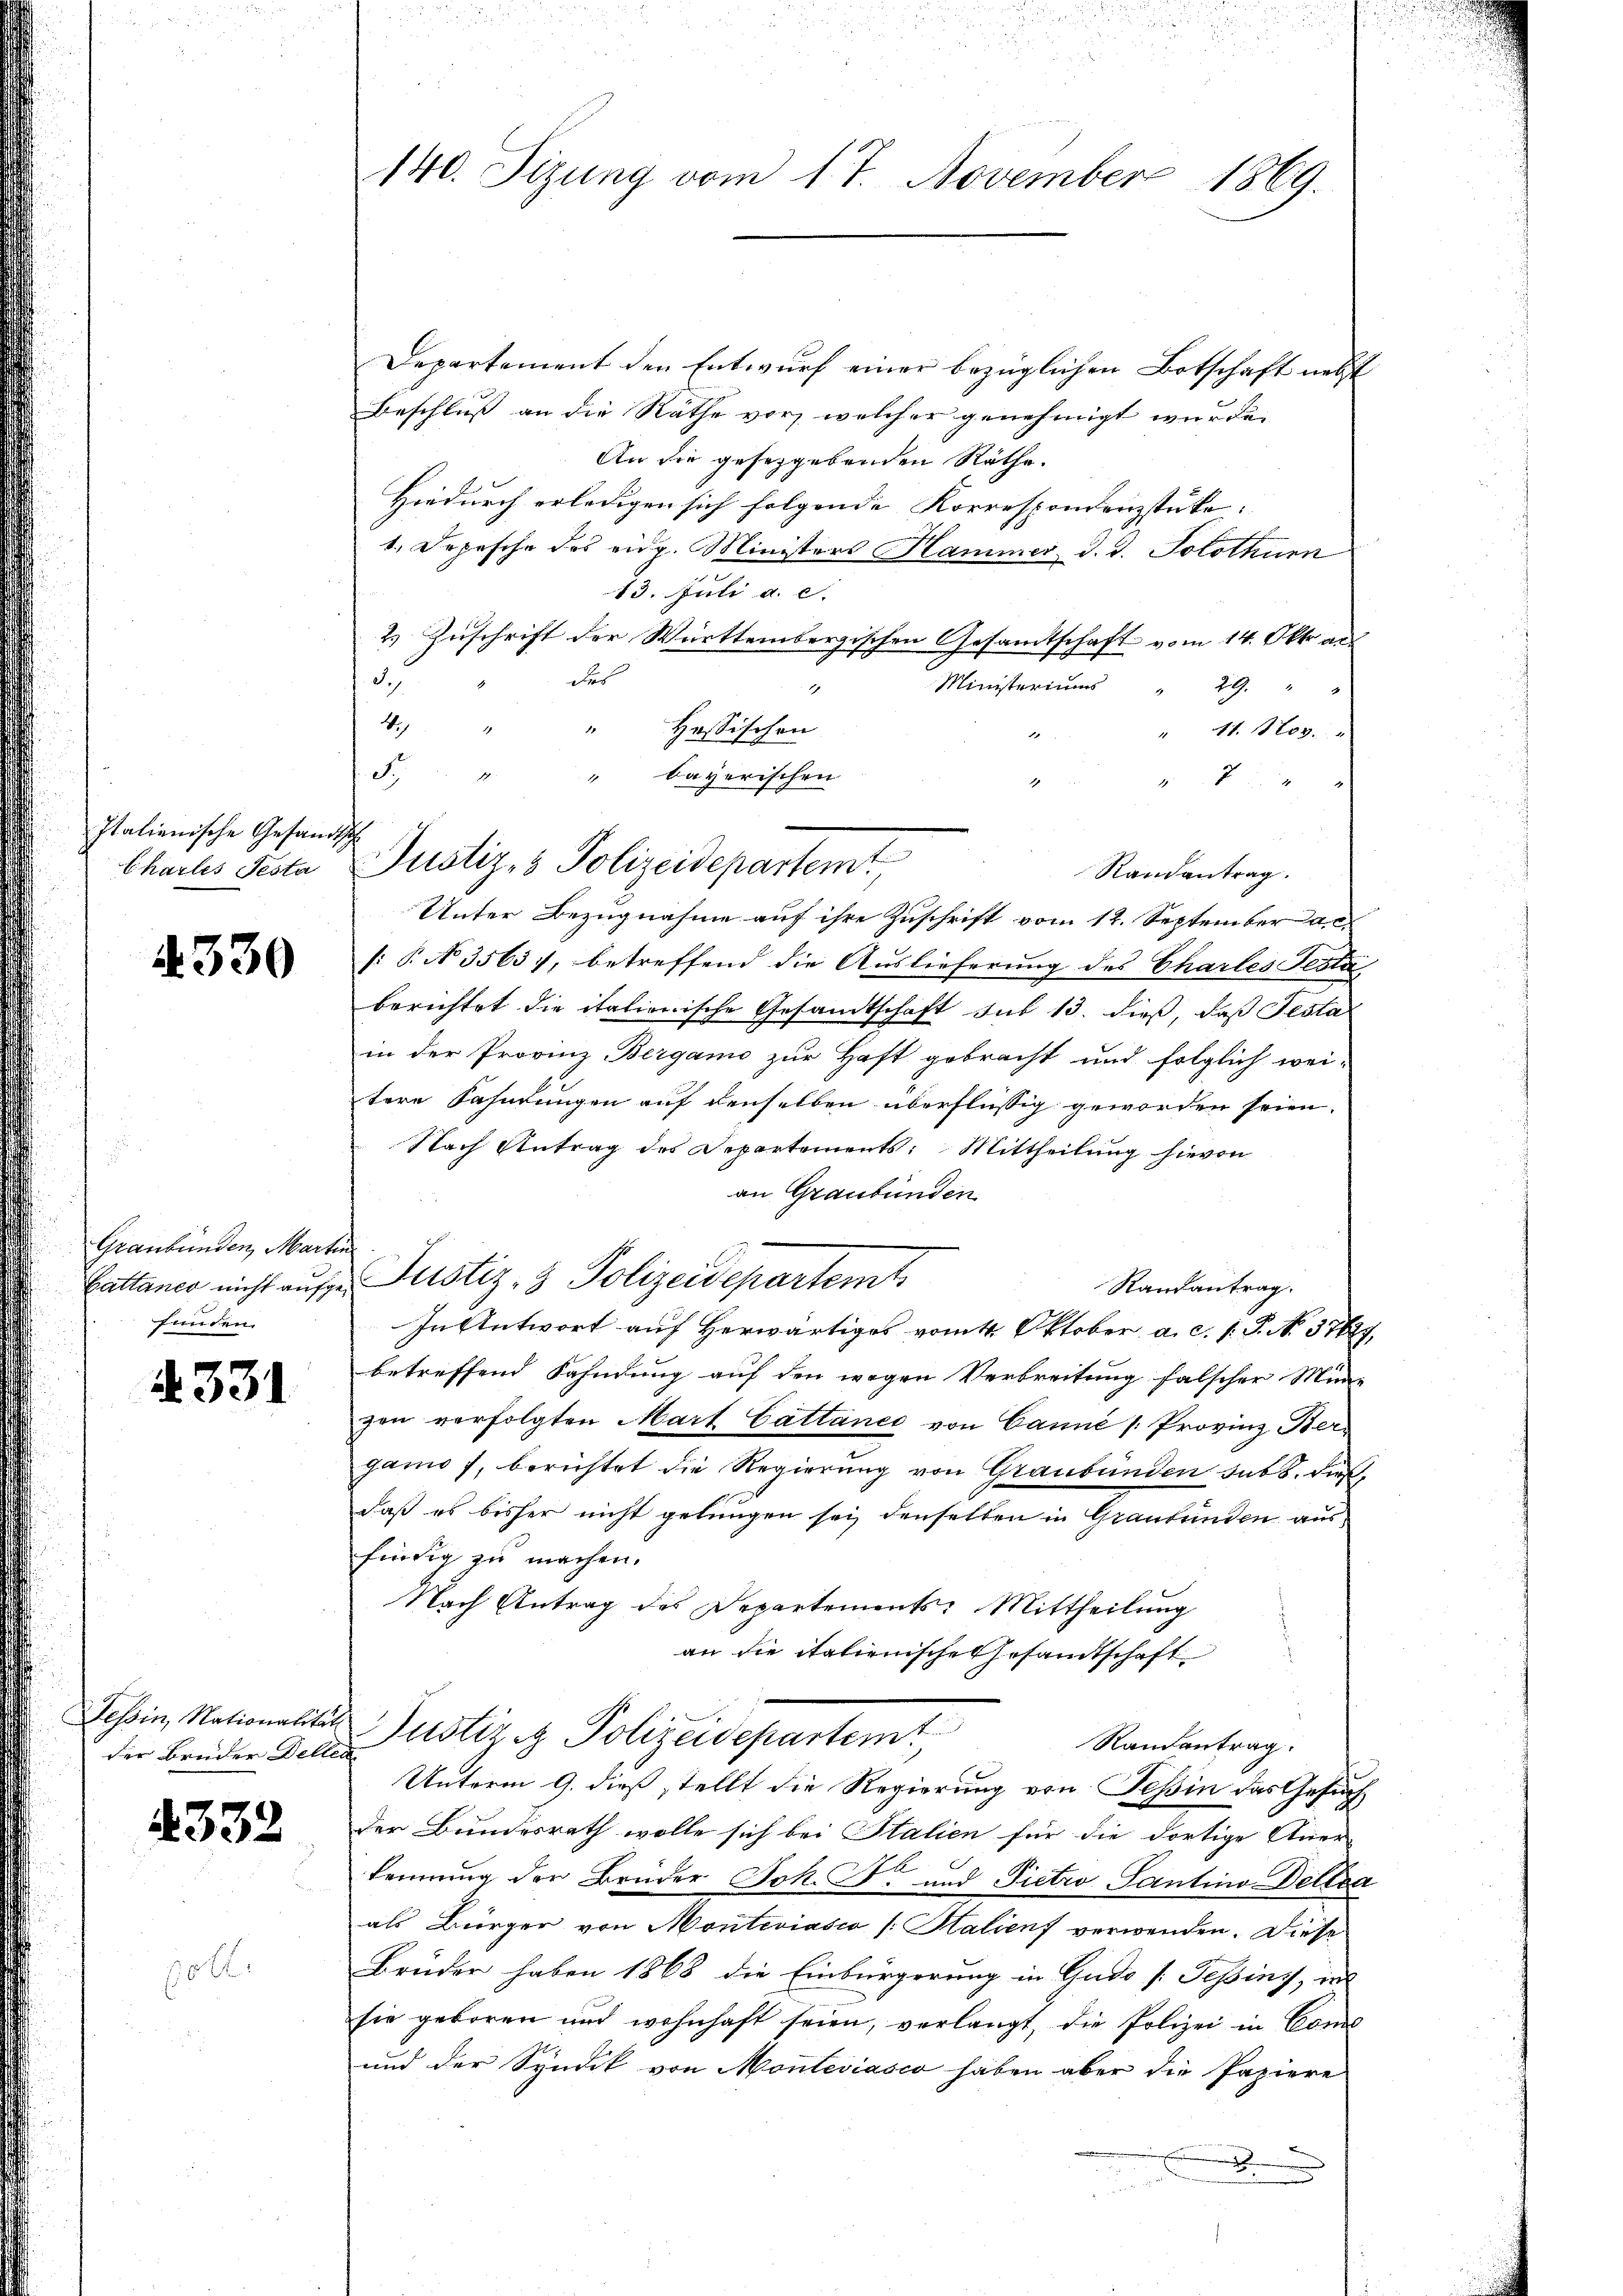
Italienische Gesand
Charles Testa

330

Graubünden, Marte
Cattaner nicht aufgefunden.

331

Tessin, Nationalitä
der Brüder Dell

4332

10 x

140. Sizung vom 17. November 1869.

d
H
" bayerischen
1
¬
Justiz- & Polizeidepartemt

Departement den Entwurf einer bezüglichen Botschaft nebst
Beschluß an die Räthe vor, welcher genehmigt wurde.
An die geseggebenden Räthe.
Hiedurch erledigen sich folgende Korrespondenzstücke. |
1. Depesche des eidg. Ministers Hammer d. d. Solothur
13. Juli a. c.
2.) Zuschrift der Württembergischen Gesandtschaft vom 14. Okto au
des
S.)
Ministeriums " 29. "
1
4
" Hössischen
" 11. Nov.
7
Randantrag.
Unter Bezugnahme auf ihre Zuschrift vom 12. September a. c.
f: P. No 3565), betreffend die Auslieferung des Chartes Testa
berichtet die itationische Gesandtschaft sub 13. dieß, daß Pesta
in der Provinz Bergamo zur Haft gebracht und folglich wei-
tere Fahndungen auf denselben überflüssig geworden seien.
Nach Antrag des Departements: Mittheilung hievon
an Graubünden
.
Justiz- & Polizeidepartemt
Randantrag.
In Antwort auf Herwärtiges vom 4. Oktober a. c. 1. P. No. 374
betreffend Fahndung auf den wegen Verbreitung falscher Mini-
zen verfolgten Mart Cattance von Cannée /: Provinz Ber
ganos, berichtet die Regierung von Graubünden sass dies
daß es bisher nicht gelungen sei denselben in Graubünden ausfündig zu machen.
Nach Antrag des Departements: Mittheilung
an die italienische Gesandtschaft
Justiz & Polizeidepartemt
Randantrag.
t
Unterm 9. dieß stellt die Regierung von Teßin das Gesuch
Der Bundesrath wolle sich bei Stalien für die dortige Aner-
b
kennung der Brüder Joh. F. und Pietro-Tantino-Deltsa
als Bürger von Monteviasco [Halienf verwenden. Diese
Brüder haben 1868 die Einbürgerung in Gudo [: Tessins, in
sie geboren und wohnhaft seien, verlangt, die Polizei in Conc
und der Syndik von Monteviasco haben aber die Papiere
.